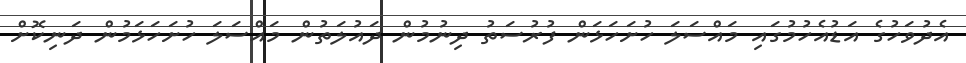
އެދުވަހުގެ އަޑުއެހުމުގައި މައްސަލަ ހުށަަހަޅަން ފުރުސަތު ދިނުމުން ދައުލަތުން މައްސަލަ ހުށަހަޅަމުން ދަނިކޮށް